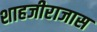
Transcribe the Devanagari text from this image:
शाहजीराजास